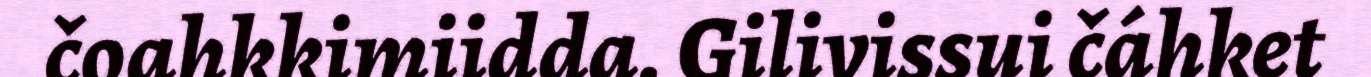
čoahkkimiidda. Gilivissui čáhket